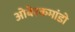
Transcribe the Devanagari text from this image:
ओबेरकमांडो